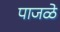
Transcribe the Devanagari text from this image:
पाजळे